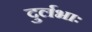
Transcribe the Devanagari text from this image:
दुर्लभाः